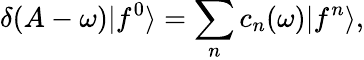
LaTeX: \delta(A-\omega)|f^{0}\rangle=\sum_{n}c_{n}(\omega)|f^{n}\rangle,